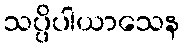
သပ္ပိပါယာသေန